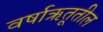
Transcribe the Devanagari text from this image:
वर्षाऋतूतील